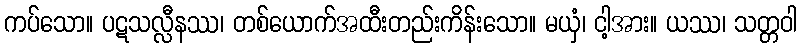
ကပ်သော။ ပဋသလ္လီနဿ၊ တစ်ယောက်အထီးတည်းကိန်းသော။ မယှံ၊ ငါ့အား။ ယဿ၊ သတ္တဝါ